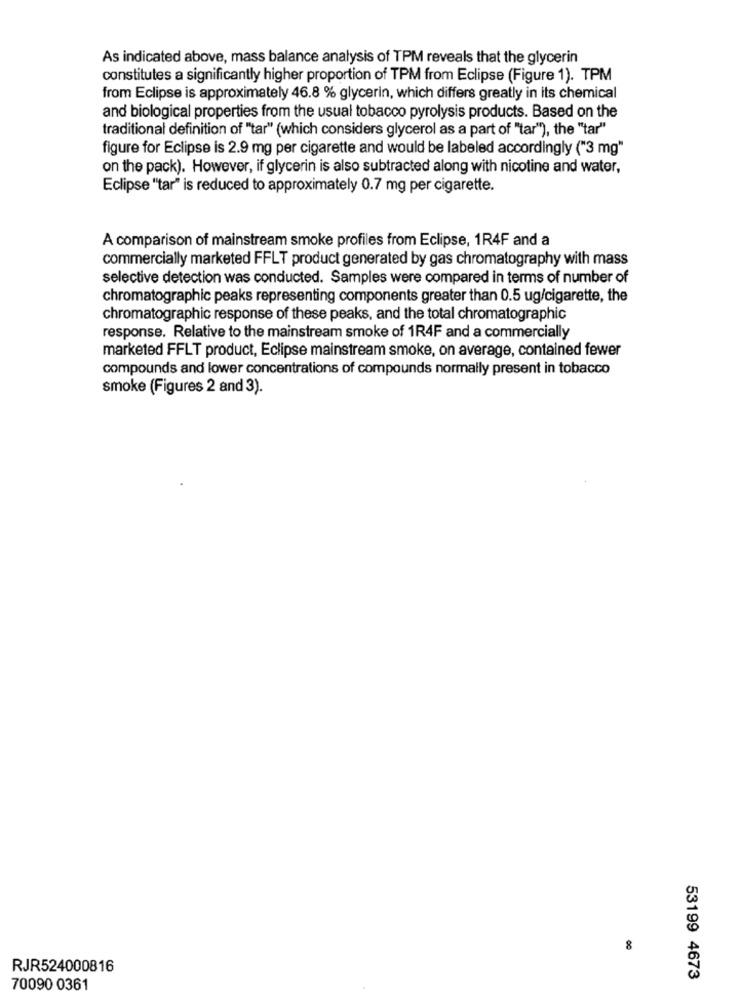
As indicated above, mass balance analysis of TPM reveals that the glycerin
constitutes a significantly higher proportion of TPM from Eclipse (Figure 1). TPM
from Eclipse is approximately 46.8 % glycerin, which differs greatly in its chemical
and biological properties from the usual tobacco pyrolysis products. Based on the
traditional definition of "tar" (which considers glycerol as a part of "tar"), the "tar"
figure for Eclipse is 2.9 mg per cigarette and would be labeled accordingly ("3 mg"
on the pack). However, if glycerin is also subtracted along with nicotine and water,
Eclipse "tar" is reduced to approximately 0.7 mg per cigarette.
A comparison of mainstream smoke profiles from Eclipse, 1R4F and a
commercially marketed FFLT product generated by gas chromatography with mass
selective detection was conducted. Samples were compared in terms of number of
chromatographic peaks representing components greater than 0.5 ug/cigarette, the
chromatographic response of these peaks, and the total chromatographic
response. Relative to the mainstream smoke of 1R4F and a commercially
marketed FFLT product, Eclipse mainstream smoke, on average, contained fewer
compounds and lower concentrations of compounds normally present in tobacco
smoke (Figures 2 and 3).
8
RJR524000816
53199 4673
70090 0361